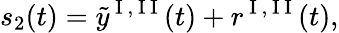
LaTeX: s_{2}(t)=\tilde{y}^{\mathrm{~I~,~I~I~}}(t)+r^{\mathrm{~I~,~I~I~}}(t),